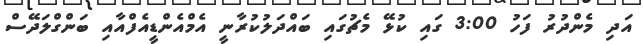
އަދި މެންދުރު ފަހު 3:00 ގައި ކުޅޭ މެޗުގައި ބައްދަލުކުރާނީ އެމްއެންޑީއެފްއާއި ބަންގްލަދޭސް